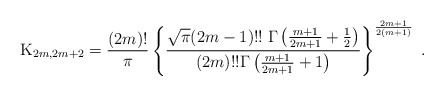
\begin{align*} {\rm K}_{2m, 2m+2}={(2m)!\over \pi} \left \{ {\sqrt{\pi}(2m-1)!!\;\Gamma \left ({m+1 \over 2m+1}+{1\over 2}\right ) \over (2m)!!\Gamma \left ({m+1 \over 2m+1}+1 \right )}\right \}^{2m+1 \over 2(m+1)}\;.\end{align*}